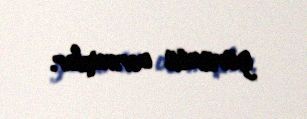
görüntü vermişlər.